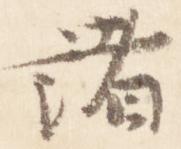
諸